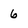
Character: 6